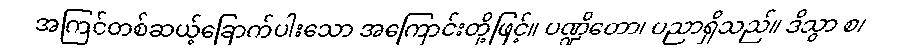
အကြင်တစ်ဆယ့်ခြောက်ပါးသော အကြောင်းတို့ဖြင့်။ ပဏ္ဍိတော၊ ပညာရှိသည်။ ဒိသွာ စ၊